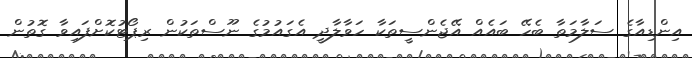
އިންޑިއާގެ ސަލާމަތާ ބެހޭ ބައެއް އޭޖެންސީތަކާ ހަވާލާދީ އެގައުމުގެ ނޫސްތަކުން ރިޕޯޓުކޮށްފައިވާ ގޮތުން